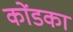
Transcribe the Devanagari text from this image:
कोंडका